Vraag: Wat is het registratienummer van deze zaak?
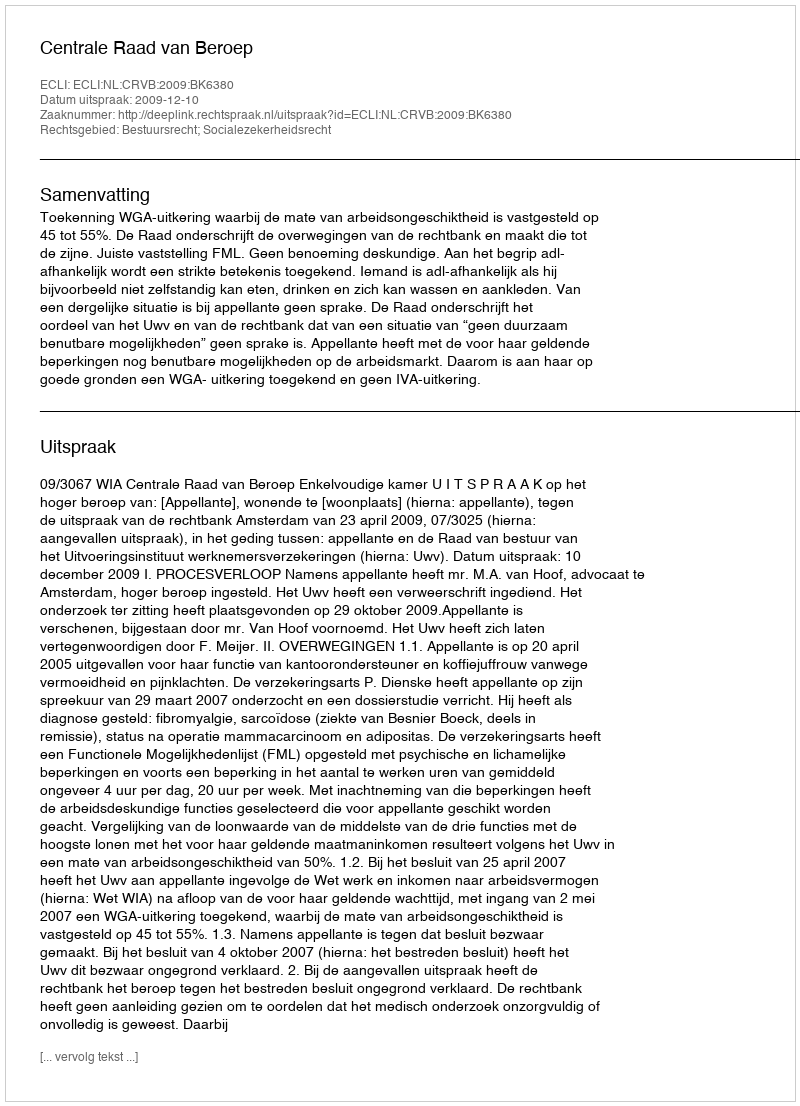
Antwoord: http://deeplink.rechtspraak.nl/uitspraak?id=ECLI:NL:CRVB:2009:BK6380